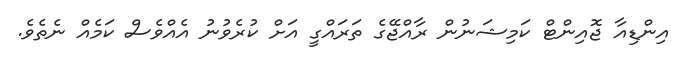
އިންޑިއާ ޖޮއިންޓް ކަމިޝަނުން ރާއްޖޭގެ ތަރައްްގީ އަށް ކުރެވުނު އެއްވެސް ކަމެއް ނެތެވެ.